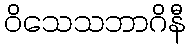
ဝိသေသဘာဂိနီ